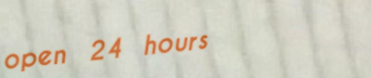
open 24 hours